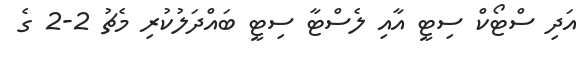
އަދި ސްޓޯކް ސިޓީ އާއި ލެސްޓާ ސިޓީ ބައްދަލުކުރި މެޗު 2-2 ގެ